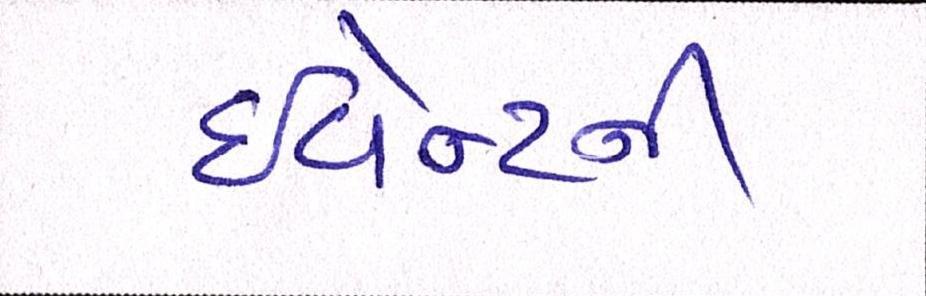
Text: ઇવેન્ટની